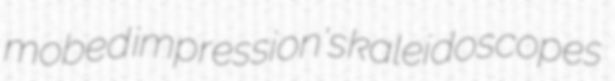
mobed impression's kaleidoscopes